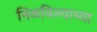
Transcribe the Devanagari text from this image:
मिळविल्याच्या